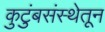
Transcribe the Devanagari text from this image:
कुटुंबसंस्थेतून